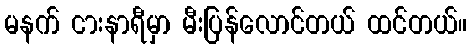
မနက် ငားနာရီမှာ မီးပြန်လောင်တယ် ထင်တယ်။